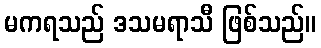
မကရသည် ဒသမရာသီ ဖြစ်သည်။